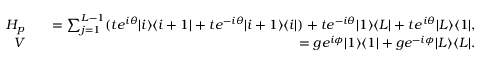
\begin{array} { r l r } { H _ { p } } & { } & { = \sum _ { j = 1 } ^ { L - 1 } ( t e ^ { i \theta } | i \rangle \langle i + 1 | + t e ^ { - i \theta } | i + 1 \rangle \langle i | ) + t e ^ { - i \theta } | 1 \rangle \langle L | + t e ^ { i \theta } | L \rangle \langle 1 | , } \\ { V } & { } & { = g e ^ { i \phi } | 1 \rangle \langle 1 | + g e ^ { - i \phi } | L \rangle \langle L | . } \end{array}